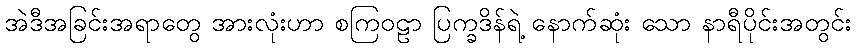
အဲဒီအခြင်းအရာတွေ အားလုံးဟာ စကြဝဠာ ပြက္ခဒိန်ရဲ့ နောက်ဆုံး သော နာရီပိုင်းအတွင်း